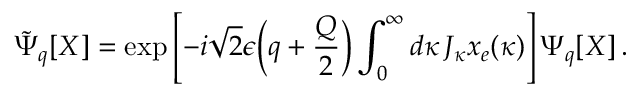
\tilde { \Psi } _ { q } [ X ] = \exp \left[ - i \sqrt { 2 } \epsilon \Bigl ( q + \frac { Q } { 2 } \Bigr ) \int _ { 0 } ^ { \infty } d \kappa \, J _ { \kappa } x _ { e } ( \kappa ) \right] \Psi _ { q } [ X ] \, .